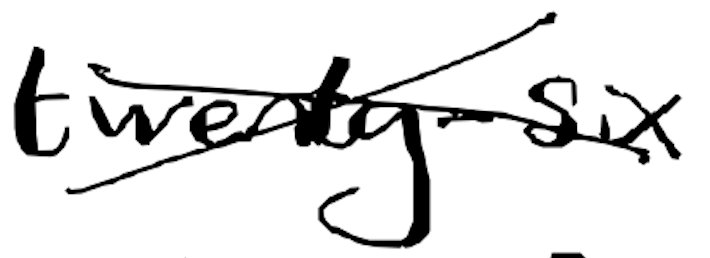
Text: twenty-six
Cross-out: cross
Writing tool: digital_black